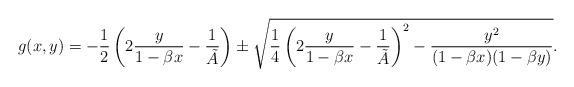
LaTeX: \begin{align*}g(x,y) = - \frac{1}{2} \left( 2 \frac{y}{1-\beta x} - \frac{1}{\tilde{A}}\right) \pm \sqrt{ \frac{1}{4} \left( 2 \frac{y}{1-\beta x} - \frac{1}{\tilde{A}}\right)^2 - \frac{y^2}{(1-\beta x) (1-\beta y) }}.\end{align*}